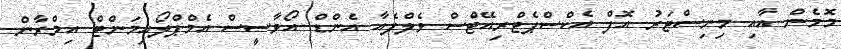
މޮމެން އާއި މިނިސްޓަރު އޮފް އެކްސްޕެޓްރިއޭޓްސް ވެލްފެއާ އެންޑް އޯވާސީސް އެމްޕްލޯއިމަންޓް އިމްރާން